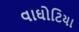
વાઘોટિયા